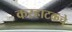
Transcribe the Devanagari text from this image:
करहाटकचे